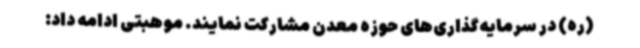
(ره) در سرمایه‌گذاری‌های حوزه معدن مشارکت نمایند. موهبتی ادامه داد: